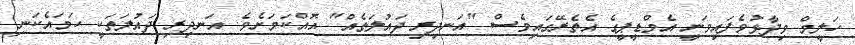
ހަލީމް ވިދާޅުވެފައިވަނީ އެމްޑީޕީގެ އެތެރޭގައިވެސް "އަނދިރި ދައުލަތެއް" އޮއްކަމަށެވެ. އަނދިރި ދައުލަތަކީ ހަމައެެކަނި